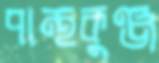
পান্থকুঞ্জ